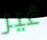
غير